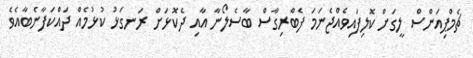
ޗެމްޕިއަންސް ލީގަށް ކޮލިފައިވެއްޖެނަމަ ފެބްރިގާސް ބާސެލޯނާ އާއި ދެކޮޅަށް ރަނގަޅު ކުޅުމެއް ދައްކަފާނެބާއެވެ